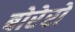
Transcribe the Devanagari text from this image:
बोरेरो